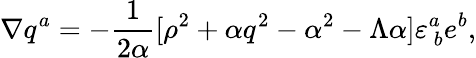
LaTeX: \nabla q^{a}=-{\frac{1}{2{\alpha}}}[\rho^{2}+\alpha q^{2}-\alpha^{2}-\Lambda\alpha]\varepsilon_{\ b}^{a}e^{b},